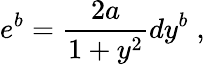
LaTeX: e^{b}=\frac{2a}{1+y^{2}}dy^{b}\; ,